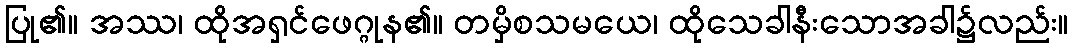
ပြု၏။ အဿ၊ ထိုအရှင်ဖေဂ္ဂုန၏။ တမှိစသမယေ၊ ထိုသေခါနီးသောအခါ၌လည်း။